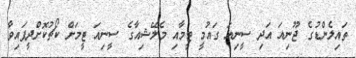
ތައިލެންޑުގެ ޖޫނިއަ އަދި ސީނިއަ ގައުމީ ޓީމާއި މެލޭޝިއާގެ ސީނިއަ ޓީމަށް ކޯޗުކޮށްދީފައިވާ